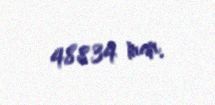
48834 man.